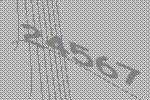
24567